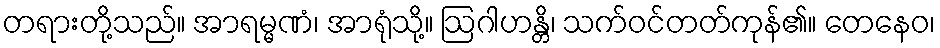
တရားတို့သည်။ အာရမ္မဏံ၊ အာရုံသို့။ ဩဂါဟန္တိ၊ သက်ဝင်တတ်ကုန်၏။ တေနေဝ၊